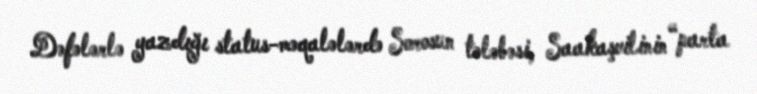
Dəfələrlə yazdığı status-məqalələrdə Sorosun tələbəsi, Saakaşvilinin “parta